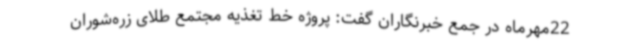
22مهرماه در جمع خبرنگاران گفت: پروژه خط تغذیه مجتمع طلای زره‌شوران